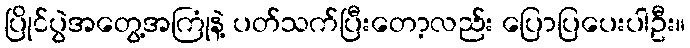
ပြိုင်ပွဲအတွေ့အကြုံနဲ့ ပတ်သက်ပြီးတော့လည်း ပြောပြပေးပါဦး။